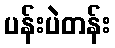
ပန်းပဲတန်း